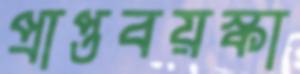
প্রাপ্তবয়স্কা